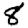
Digit: 8